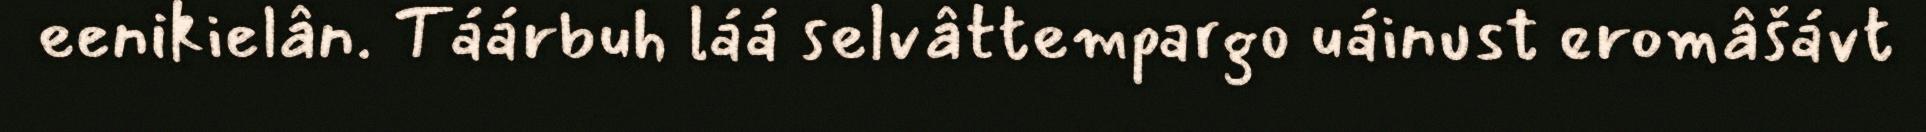
eenikielân. Táárbuh láá selvâttempargo uáinust eromâšávt